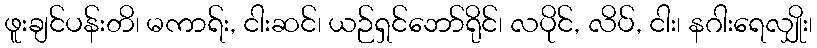
ဖူးချင်ပန်းတိ၊ မကာရ်း, ငါးဆင်၊ ယဉ်ရှင်ဘော်ရိုင်၊ လပိုင်, လိပ်, ငါး၊ နဂါးရေလျှိုး၊